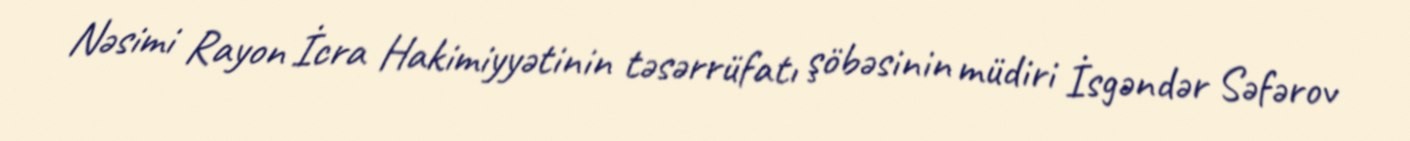
Nəsimi Rayon İcra Hakimiyyətinin təsərrüfatı şöbəsinin müdiri İsgəndər Səfərov